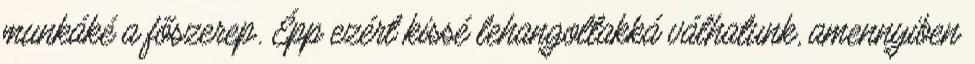
munkáké a főszerep. Épp ezért kissé lehangoltakká válhatunk, amennyiben